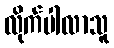
လိုက်ပါလာသူ